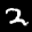
Label: 2